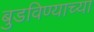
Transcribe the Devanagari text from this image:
बुडविण्याच्या